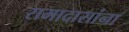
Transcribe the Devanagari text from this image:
रामादासांना